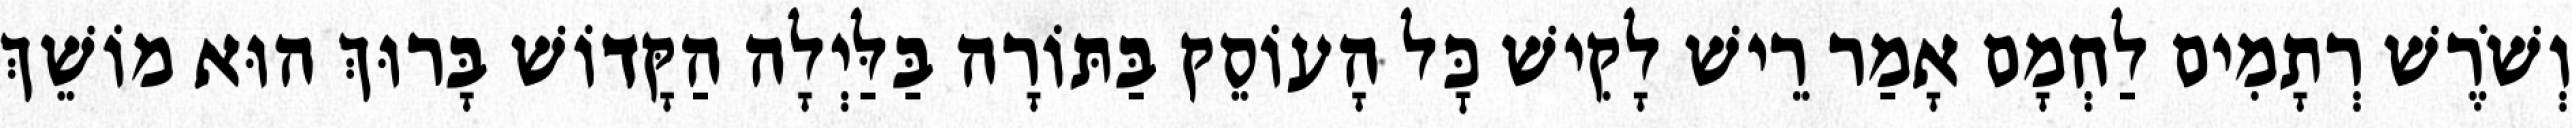
וְשֹׁרֶשׁ רְתָמִים לַחְמָם אָמַר רֵישׁ לָקִישׁ כׇּל הָעוֹסֵק בַּתּוֹרָה בַּלַּיְלָה הַקָּדוֹשׁ בָּרוּךְ הוּא מוֹשֵׁךְ